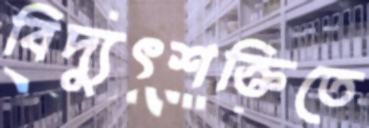
বিদ্যুৎশক্তিতে